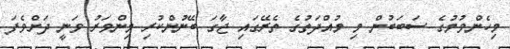
މިހެންވުމުގެ ސަބަބުން މި މުއްދަތުގެ ތެރޭގައި ޖާގަ ބޭނުންކުރި މިންވަރު ވަނީ ދަށްވެފަ